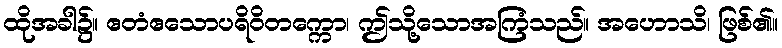
ထိုအခါ၌။ ဧတံဧသောပရိဝိတက္ကော၊ ဤသို့သောအကြံသည်။ အဟောသိ၊ ဖြစ်၏။